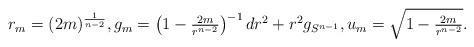
LaTeX: \begin{align*}r_m = (2m)^{\frac{1}{n-2}}, g_m = \left( 1- \tfrac{2m}{r^{n-2}}\right)^{-1} dr^2 + r^2 g_{S^{n-1}}, u_m = \sqrt{1-\tfrac{2m}{r^{n-2}}}.\end{align*}